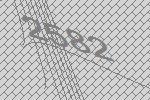
2582